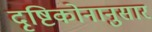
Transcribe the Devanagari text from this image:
दृष्टिकोनानुसार